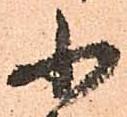
小